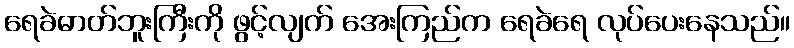
ရေခဲဓာတ်ဘူးကြီးကို ဖွင့်လျက် အေးကြည်က ရေခဲရေ လုပ်ပေးနေသည်။